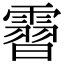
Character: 霫